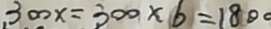
3 0 0 x = 3 0 0 \times 6 = 1 8 0